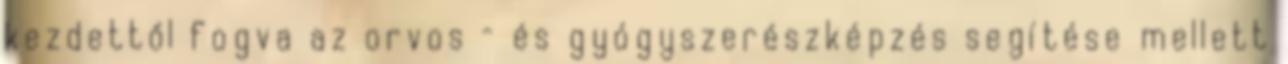
kezdettől fogva az orvos – és gyógyszerészképzés segítése mellett